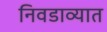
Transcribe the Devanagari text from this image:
निवडाव्यात